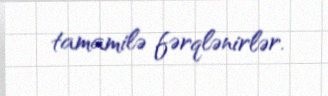
tamamilə fərqlənirlər.